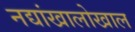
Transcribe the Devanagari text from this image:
नद्यांखालोखाल